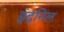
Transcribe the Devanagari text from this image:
इंद्रनिल